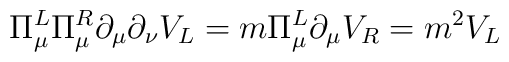
\Pi_{\mu}^{L} \Pi_{\mu}^{R} \partial_{\mu} \partial_{\nu} V_{L} =   m \Pi_{\mu}^{L} \partial_{\mu} V_{R} = m^{2} V_{L}